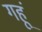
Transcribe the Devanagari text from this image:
गहूं